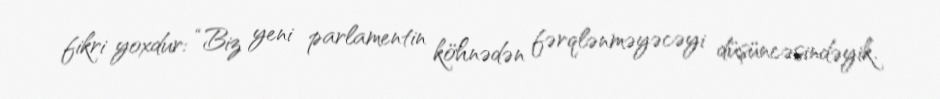
fikri yoxdur: “Biz yeni parlamentin köhnədən fərqlənməyəcəyi düşüncəsindəyik.